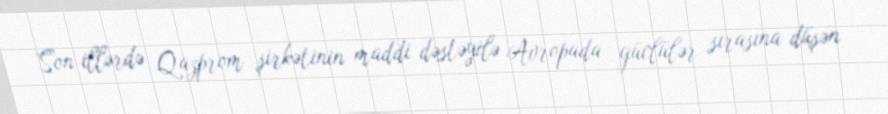
Son illərdə Qazprom şirkətinin maddi dəstəyilə Avropada güclülər sırasına düşən